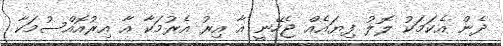
ދެން އެކަމަކު ލޮލު ފިޔައެއް ޖެހޭނީ އާ އިރު އެރުމަކާ އާ އިރުއޮއްސުމަކާ